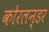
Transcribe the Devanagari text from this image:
कोरलन्डर